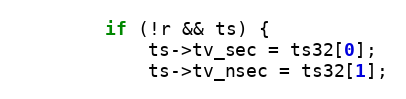
Language: C
		if (!r && ts) {
			ts->tv_sec = ts32[0];
			ts->tv_nsec = ts32[1];